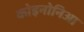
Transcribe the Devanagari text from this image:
कोइनोनिआ